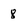
Character: 8